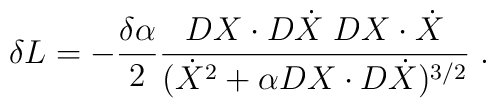
\delta L = -{\delta \alpha \over 2} {DX\cdot D\dot X\; DX\cdot \dot X \over  (\dot X^2 +\alpha DX\cdot D\dot X)^{3/2}}\;.